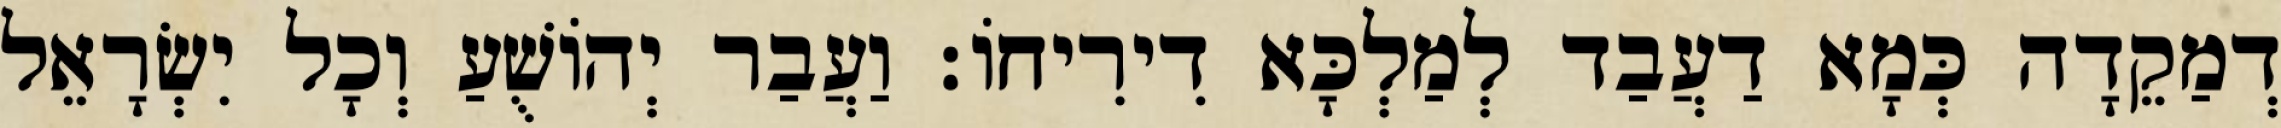
דְמַקֵדָה כְּמָא דַעֲבַד לְמַלְכָּא דִירִיחוֹ׃ וַעֲבַר יְהוֹשֻׁעַ וְכָל יִשְׂרָאֵל